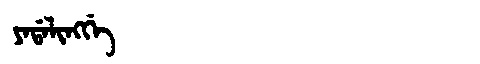
Manchu: ᠶᠠᡩᠠᠯᡳᠩᡤᡝ
Romanization: YADALINGGE